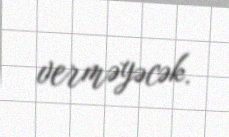
verməyəcək.